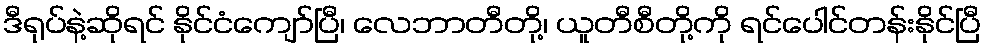
ဒီရုပ်နဲ့ဆိုရင် နိုင်ငံကျော်ပြီ၊ လေဘာတီတို့၊ ယူတီစီတို့ကို ရင်ပေါင်တန်းနိုင်ပြီ